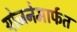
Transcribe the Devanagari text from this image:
योजनेमार्फत